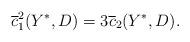
LaTeX: \begin{align*}\overline{c}_1^2(Y^*, D) = 3 \overline{c}_2(Y^*, D).\end{align*}